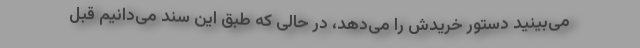
می‌بینید دستور خریدش را می‌دهد، در حالی که طبق این سند می‌دانیم قبل